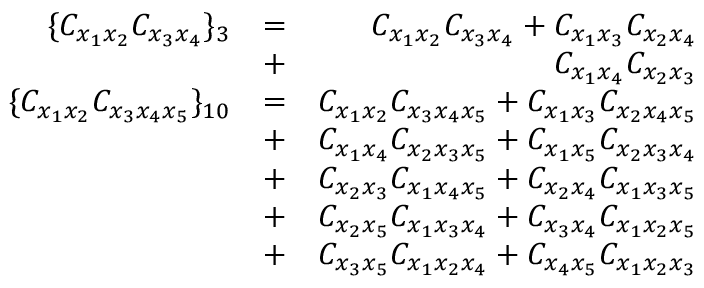
\begin{array} { r l r } { \lbrace C _ { x _ { 1 } x _ { 2 } } C _ { x _ { 3 } x _ { 4 } } \rbrace _ { 3 } } & { = } & { C _ { x _ { 1 } x _ { 2 } } C _ { x _ { 3 } x _ { 4 } } + C _ { x _ { 1 } x _ { 3 } } C _ { x _ { 2 } x _ { 4 } } } \\ & { + } & { C _ { x _ { 1 } x _ { 4 } } C _ { x _ { 2 } x _ { 3 } } } \\ { \lbrace C _ { x _ { 1 } x _ { 2 } } C _ { x _ { 3 } x _ { 4 } x _ { 5 } } \rbrace _ { 1 0 } } & { = } & { C _ { x _ { 1 } x _ { 2 } } C _ { x _ { 3 } x _ { 4 } x _ { 5 } } + C _ { x _ { 1 } x _ { 3 } } C _ { x _ { 2 } x _ { 4 } x _ { 5 } } } \\ & { + } & { C _ { x _ { 1 } x _ { 4 } } C _ { x _ { 2 } x _ { 3 } x _ { 5 } } + C _ { x _ { 1 } x _ { 5 } } C _ { x _ { 2 } x _ { 3 } x _ { 4 } } } \\ & { + } & { C _ { x _ { 2 } x _ { 3 } } C _ { x _ { 1 } x _ { 4 } x _ { 5 } } + C _ { x _ { 2 } x _ { 4 } } C _ { x _ { 1 } x _ { 3 } x _ { 5 } } } \\ & { + } & { C _ { x _ { 2 } x _ { 5 } } C _ { x _ { 1 } x _ { 3 } x _ { 4 } } + C _ { x _ { 3 } x _ { 4 } } C _ { x _ { 1 } x _ { 2 } x _ { 5 } } } \\ & { + } & { C _ { x _ { 3 } x _ { 5 } } C _ { x _ { 1 } x _ { 2 } x _ { 4 } } + C _ { x _ { 4 } x _ { 5 } } C _ { x _ { 1 } x _ { 2 } x _ { 3 } } } \end{array}